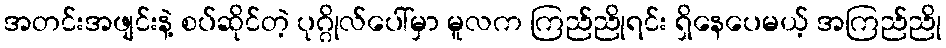
အတင်းအဖျင်းနဲ့ စပ်ဆိုင်တဲ့ ပုဂ္ဂိုလ်ပေါ်မှာ မူလက ကြည်ညိုရင်း ရှိနေပေမယ့် အကြည်ညို